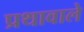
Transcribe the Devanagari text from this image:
प्रथावाले